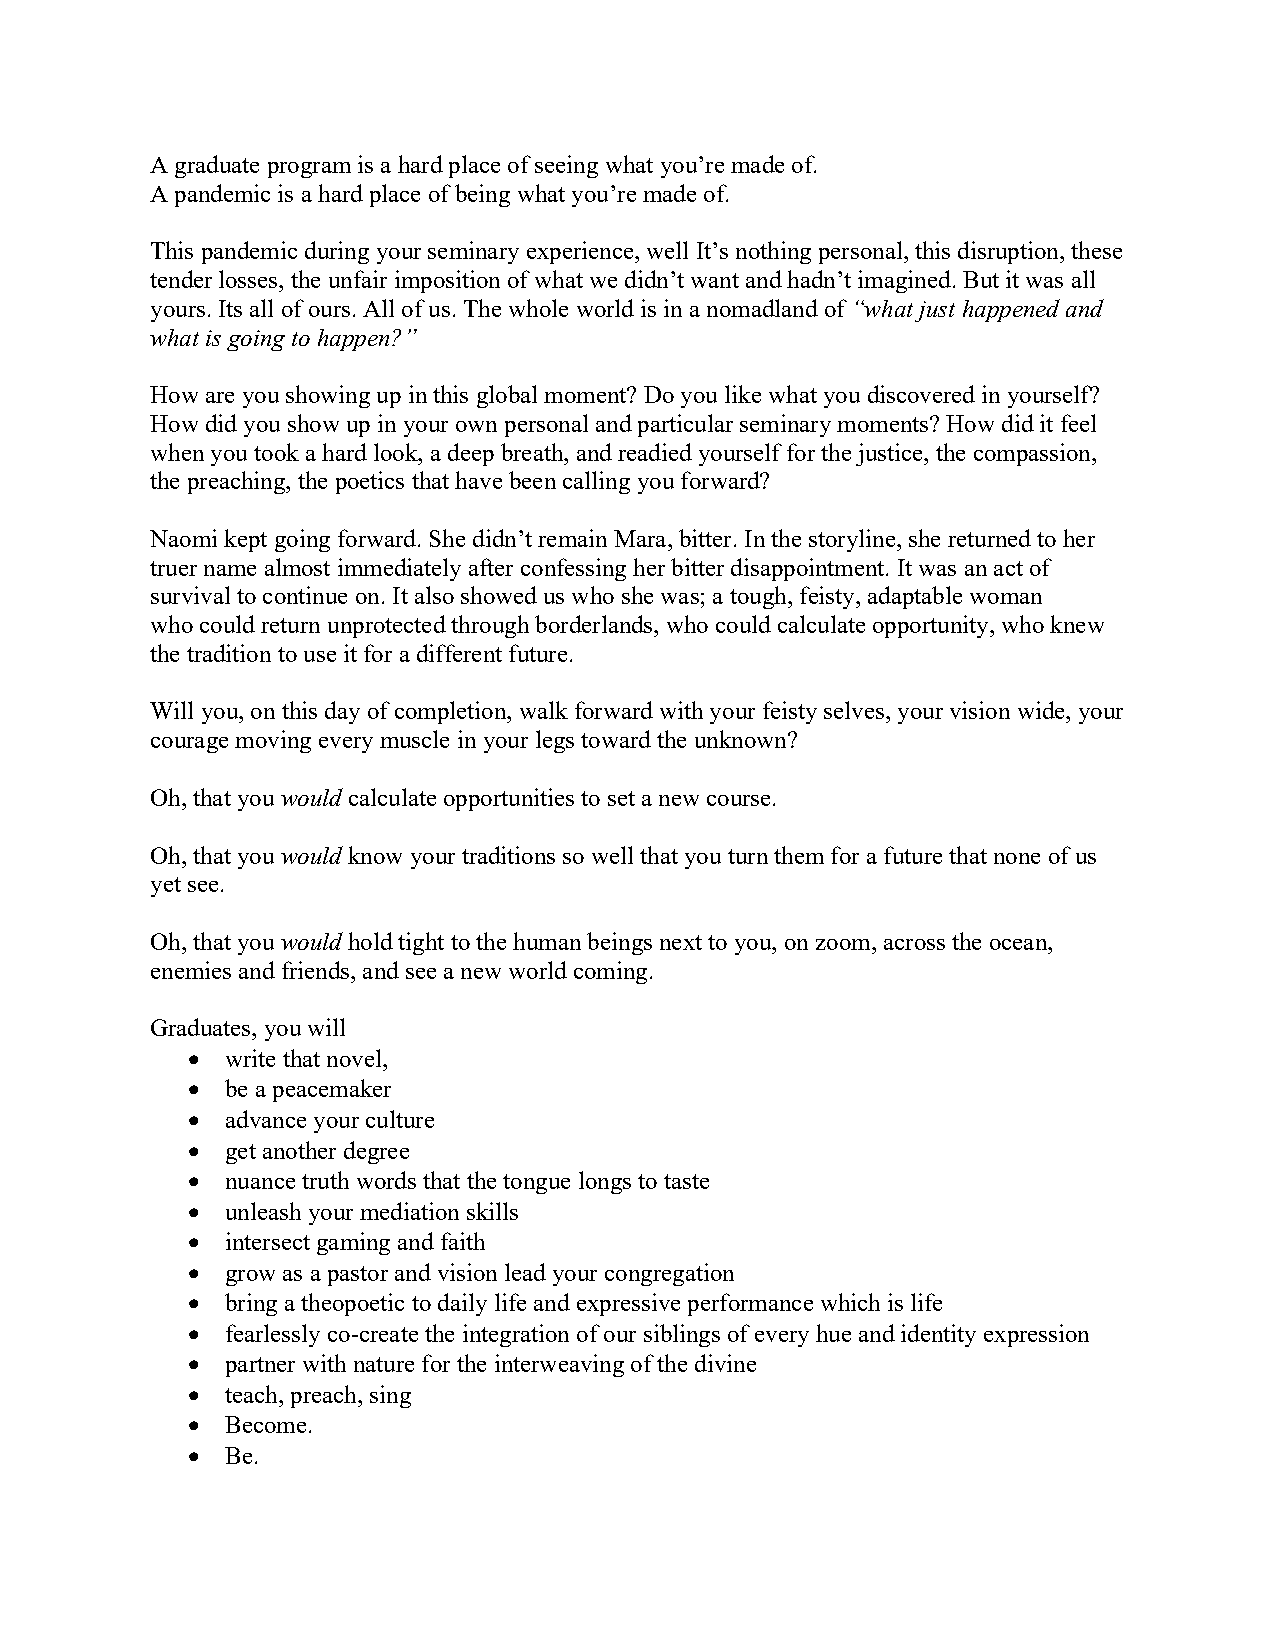
A graduate program is a hard place of seeing what you’re made of.
 A pandemic is a hard place of being what you’re made of.
 This pandemic during your seminary experience, well It’s nothing personal, this disruption, these
 tender losses, the unfair imposition of what we didn’t want and hadn’t imagined. But it was all
 yours. Its all of ours. All of us. The whole world is in a nomadland of “what just happened and
 what is going to happen?”
 How are you showing up in this global moment? Do you like what you discovered in yourself?
 How did you show up in your own personal and particular seminary moments? How did it feel
 when you took a hard look, a deep breath, and readied yourself for the justice, the compassion,
 the preaching, the poetics that have been calling you forward?
 Naomi kept going forward. She didn’t remain Mara, bitter. In the storyline, she returned to her
 truer name almost immediately after confessing her bitter disappointment. It was an act of
 survival to continue on. It also showed us who she was; a tough, feisty, adaptable woman
 who could return unprotected through borderlands, who could calculate opportunity, who knew
 the tradition to use it for a different future.
 Will you, on this day of completion, walk forward with your feisty selves, your vision wide, your
 courage moving every muscle in your legs toward the unknown?
 Oh, that you would calculate opportunities to set a new course.
 Oh, that you would know your traditions so well that you turn them for a future that none of us
 yet see.
 Oh, that you would hold tight to the human beings next to you, on zoom, across the ocean,
 enemies and friends, and see a new world coming.
 Graduates, you will
 •  write that novel,
 •  be a peacemaker
 •  advance your culture
 •  get another degree
 •  nuance truth words that the tongue longs to taste
 •  unleash your mediation skills
 •  intersect gaming and faith
 •  grow as a pastor and vision lead your congregation
 •  bring a theopoetic to daily life and expressive performance which is life
 •  fearlessly co-create the integration of our siblings of every hue and identity expression
 •  partner with nature for the interweaving of the divine
 •  teach, preach, sing
 •  Become.
 •  Be.